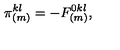
\pi _ { ( m ) } ^ { k l } = - F _ { ( m ) } ^ { 0 k l } ,